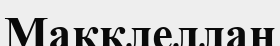
Макклеллан